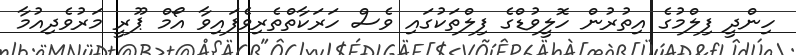
ހިންދީ ފިލްމުގެ އިތުރުން ހޮލީވުޑްގެ ފިލްތަކުގައި ވެސް ހަރަކާތްތެރިވެފައިވާ އޯމް ޕޫރީ މަރުވެދިއުމާ